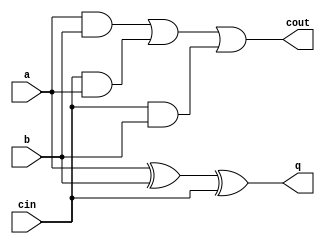
module adder(a, b, q, cin, cout);

    // Module inputs
    input a, b, cin;

    // Module outputs
    output q, cout;

    // Module operations

    /* SUM operation */
    assign q = a ^ b ^ cin;

    /* CARRY-OUT operation */
    assign cout = (a & b) | (cin & a) | (cin & b);

endmodule

// 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